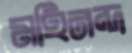
মহিনন্দ